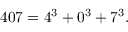
4 0 7 = 4 ^ { 3 } + 0 ^ { 3 } + 7 ^ { 3 } .